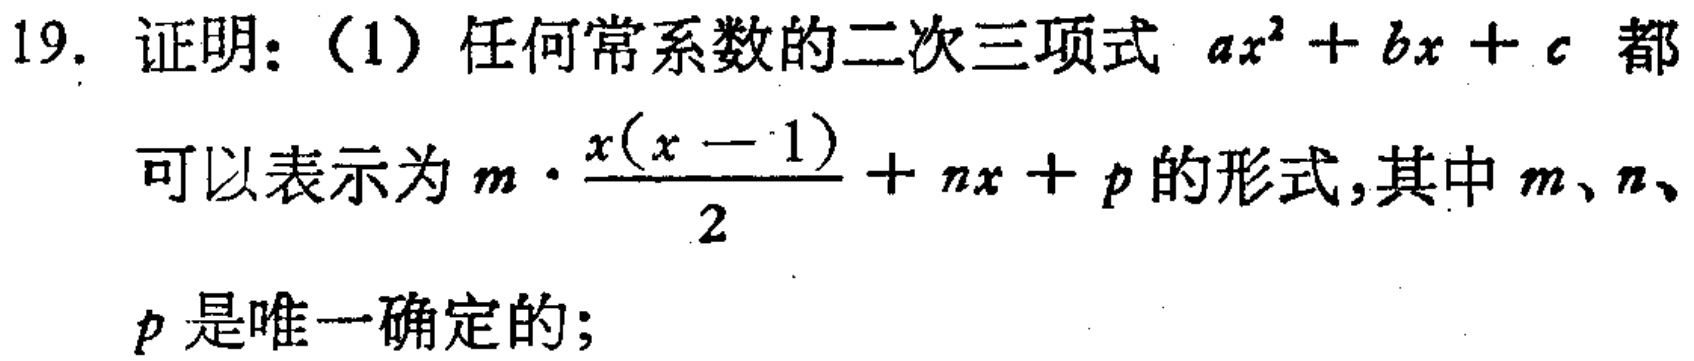
19. 证明：（1）任何常系数的二次三项式 \(ax^{2}+bx + c\) 都
可以表示为 \(m\cdot\frac{x(x - 1)}{2}+nx + p\) 的形式,其中 \(m、n、\)
\(p\) 是唯一确定的；